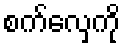
စက်လှေကို